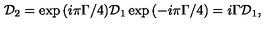
{ \cal D } _ { 2 } = \exp { ( i \pi \Gamma / 4 ) } { \cal D } _ { 1 } \exp { ( - i \pi \Gamma / 4 ) } = i { \Gamma } { \cal D } _ { 1 } ,